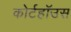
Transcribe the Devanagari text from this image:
कोर्टहॉउस